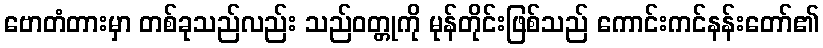
ဗောတံတားမှာ တစ်ခုသည်လည်း သည်ဝတ္တုကို မုန်တိုင်းဖြစ်သည် ကောင်းကင်နန်းတော်၏